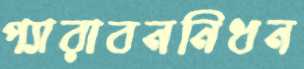
প্যারাবননিধন